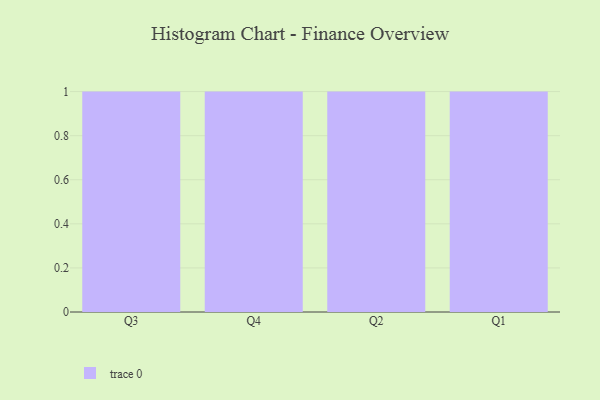
{"axis": {"x": "Quarter", "y": "Headcount"}, "legend": [""], "data": [{"x": "Q3", "y": 44, "type": ""}, {"x": "Q4", "y": 12, "type": ""}, {"x": "Q2", "y": 95, "type": ""}, {"x": "Q1", "y": 70, "type": ""}]}